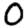
Digit: 0